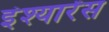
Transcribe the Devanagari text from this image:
इंश्यारेंस